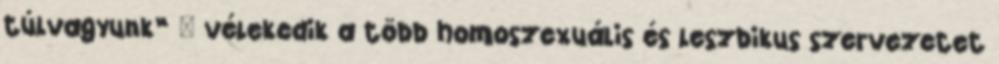
túlvagyunk” – vélekedik a több homoszexuális és leszbikus szervezetet